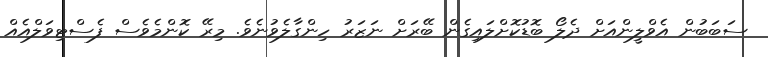
ސަބަބުން އެވްލީންއަށް ދެލޯ ބޮޑުކޮށްލައިގެން ބޭރަށް ނަޒަރު ހިންގާލެވުނެވެ. މިރޭ ކޮންމެވެސް ފެސްޓިވަލްއެއް